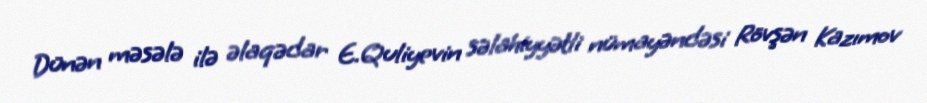
Dünən məsələ ilə əlaqədar E.Quliyevin səlahiyyətli nümayəndəsi Rövşən Kazımov